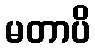
မတာပိ